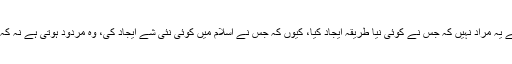
اس سے یہ مراد نہیں کہ جس نے کوئی نیا طریقہ ایجاد کیا، کیوں کہ جس نے اسلام میں کوئی نئی شے ایجاد کی، وہ مردود ہوتی ہے نہ کہ اچھی۔